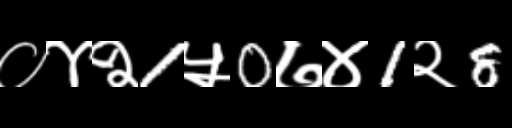
Text: ०४२1५0७४1२8